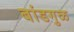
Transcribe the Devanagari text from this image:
बांडगुळ